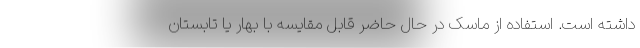
داشته است. استفاده از ماسک در حال حاضر قابل مقایسه با بهار یا تابستان